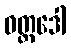
ဝတ္ထဒေါ